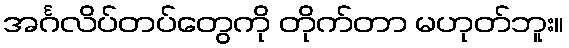
အင်္ဂလိပ်တပ်တွေကို တိုက်တာ မဟုတ်ဘူး။